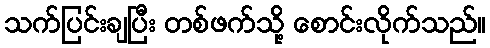
သက်ပြင်းချပြီး တစ်ဖက်သို့ စောင်းလိုက်သည်။